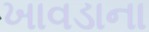
ખાવડાના